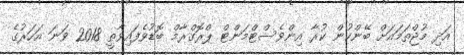
އަދި މުޖްތަމައަށް ބޭންކުން ކުރާ އިންވެސްޓްމަންޓް ޕްރޮގްރާމް ބޮޑުވެފައިވާތީ 2018 ވަނަ އަހަރުގެ